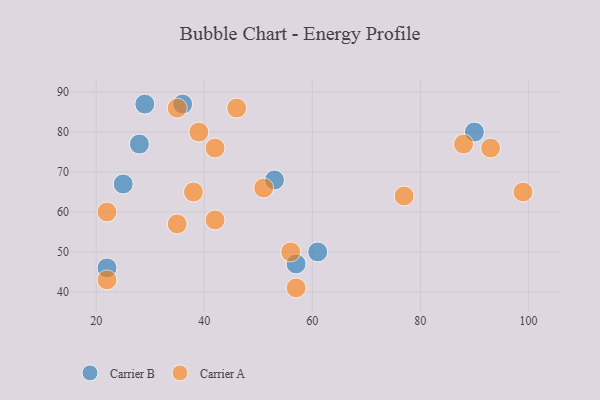
{"axis": {"x": "GDP", "y": "Life Expectancy"}, "legend": ["Carrier A", "Carrier B"], "data": [{"x": "53", "y": 68, "type": "Carrier B"}, {"x": "25", "y": 67, "type": "Carrier B"}, {"x": "57", "y": 47, "type": "Carrier B"}, {"x": "36", "y": 87, "type": "Carrier B"}, {"x": "22", "y": 46, "type": "Carrier B"}, {"x": "61", "y": 50, "type": "Carrier B"}, {"x": "90", "y": 80, "type": "Carrier B"}, {"x": "29", "y": 87, "type": "Carrier B"}, {"x": "28", "y": 77, "type": "Carrier B"}, {"x": "38", "y": 65, "type": "Carrier A"}, {"x": "42", "y": 76, "type": "Carrier A"}, {"x": "22", "y": 60, "type": "Carrier A"}, {"x": "93", "y": 76, "type": "Carrier A"}, {"x": "77", "y": 64, "type": "Carrier A"}, {"x": "22", "y": 43, "type": "Carrier A"}, {"x": "99", "y": 65, "type": "Carrier A"}, {"x": "42", "y": 58, "type": "Carrier A"}, {"x": "35", "y": 86, "type": "Carrier A"}, {"x": "46", "y": 86, "type": "Carrier A"}, {"x": "39", "y": 80, "type": "Carrier A"}, {"x": "56", "y": 50, "type": "Carrier A"}, {"x": "51", "y": 66, "type": "Carrier A"}, {"x": "35", "y": 57, "type": "Carrier A"}, {"x": "57", "y": 41, "type": "Carrier A"}, {"x": "88", "y": 77, "type": "Carrier A"}]}